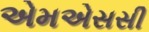
એમએસસી